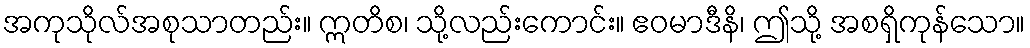
အကုသိုလ်အစုသာတည်း။ ဣတိစ၊ သို့လည်းကောင်း။ ဧဝမာဒီနိ၊ ဤသို့ အစရှိကုန်သော။